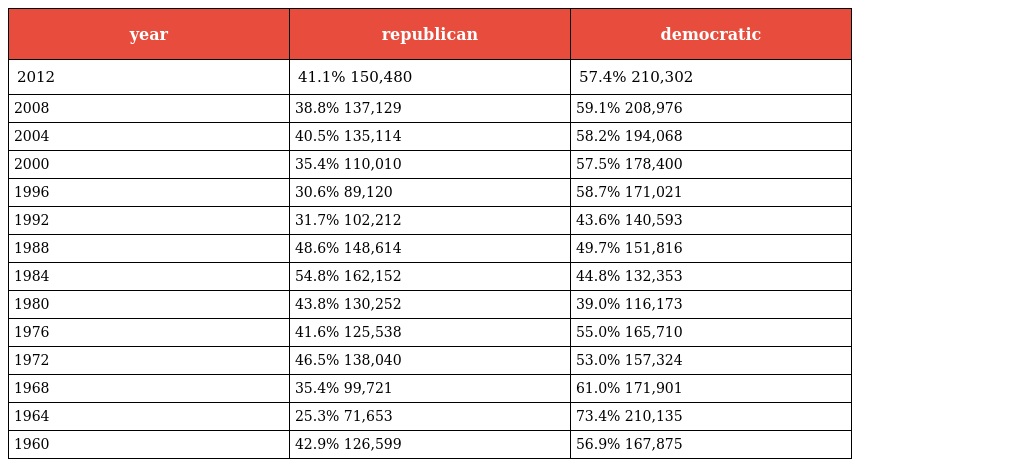
| year | republican | democratic |
 | --- | --- | --- |
 | 2012 | 41.1% 150,480 | 57.4% 210,302 |
 | 2008 | 38.8% 137,129 | 59.1% 208,976 |
 | 2004 | 40.5% 135,114 | 58.2% 194,068 |
 | 2000 | 35.4% 110,010 | 57.5% 178,400 |
 | 1996 | 30.6% 89,120 | 58.7% 171,021 |
 | 1992 | 31.7% 102,212 | 43.6% 140,593 |
 | 1988 | 48.6% 148,614 | 49.7% 151,816 |
 | 1984 | 54.8% 162,152 | 44.8% 132,353 |
 | 1980 | 43.8% 130,252 | 39.0% 116,173 |
 | 1976 | 41.6% 125,538 | 55.0% 165,710 |
 | 1972 | 46.5% 138,040 | 53.0% 157,324 |
 | 1968 | 35.4% 99,721 | 61.0% 171,901 |
 | 1964 | 25.3% 71,653 | 73.4% 210,135 |
 | 1960 | 42.9% 126,599 | 56.9% 167,875 |